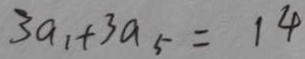
3 a _ { 1 } + 3 a _ { 5 } = 1 4